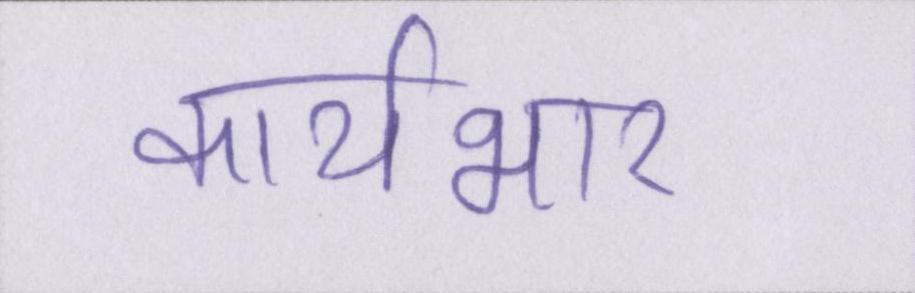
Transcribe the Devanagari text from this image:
कार्यभार